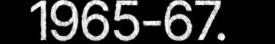
1965-67.